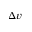
\Delta v